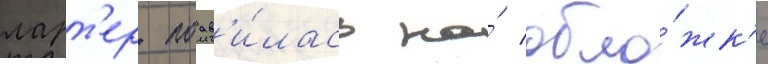
ларт'ер поав'и́лась на́ обло́жк'е